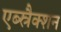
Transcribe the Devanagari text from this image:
एब्स्रैक्शन